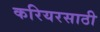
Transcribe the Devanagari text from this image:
करियरसाठी